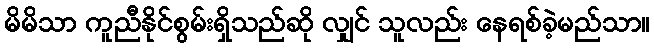
မိမိသာ ကူညီနိုင်စွမ်းရှိသည်ဆို လျှင် သူလည်း နေရစ်ခဲ့မည်သာ။